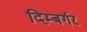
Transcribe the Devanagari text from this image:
दिम्बर्गर